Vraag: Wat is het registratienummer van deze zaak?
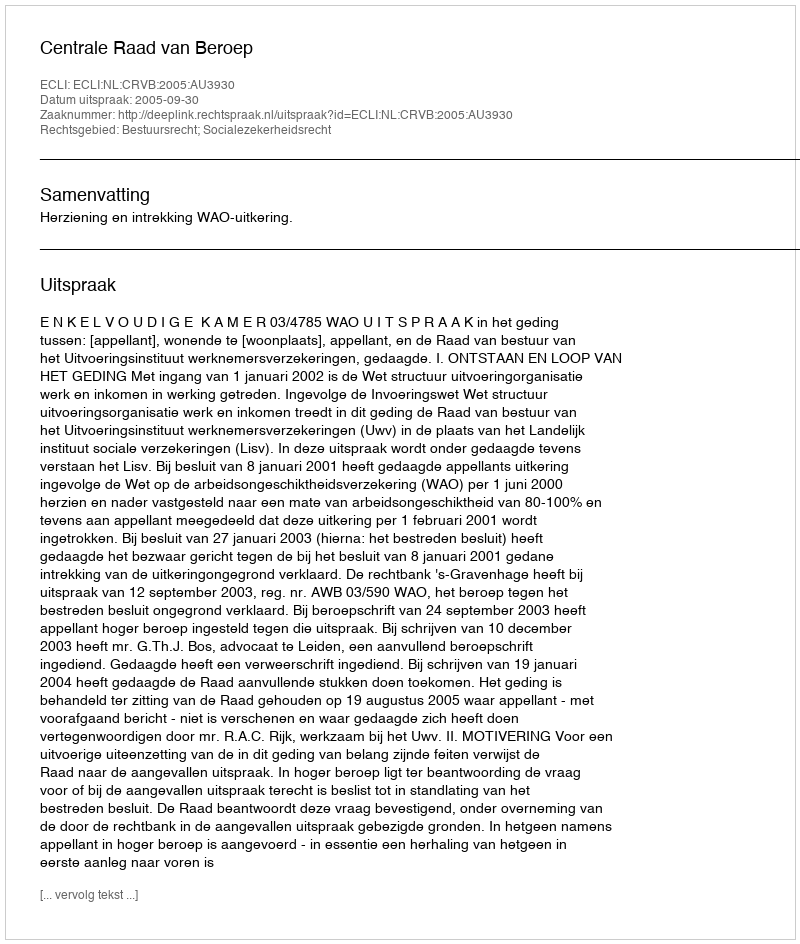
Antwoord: http://deeplink.rechtspraak.nl/uitspraak?id=ECLI:NL:CRVB:2005:AU3930